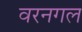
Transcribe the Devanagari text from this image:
वरनगल